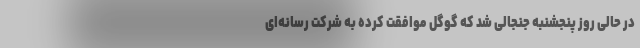
در حالی روز پنجشنبه جنجالی شد که گوگل موافقت کرده به شرکت رسانه‌ای